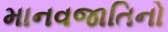
માનવજાતિનો